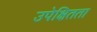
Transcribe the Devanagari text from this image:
उपेक्षितता